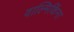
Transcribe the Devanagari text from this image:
वाल्मिकिंना